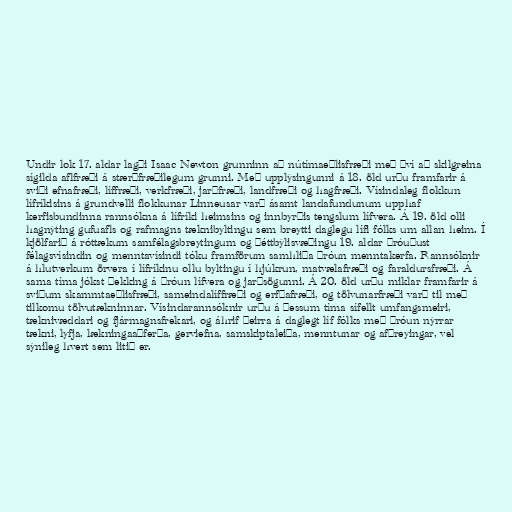
Undir lok 17. aldar lagði Isaac Newton grunninn að nútímaeðlisfræði með því að skilgreina
sígilda aflfræði á stærðfræðilegum grunni. Með upplýsingunni á 18. öld urðu framfarir á
sviði efnafræði, líffræði, verkfræði, jarðfræði, landfræði og hagfræði. Vísindaleg flokkun
lífríkisins á grundvelli flokkunar Linneusar varð ásamt landafundunum upphaf
kerfisbundinna rannsókna á lífríki heimsins og innbyrðis tengslum lífvera. Á 19. öld olli
hagnýting gufuafls og rafmagns tæknibyltingu sem breytti daglegu lífi fólks um allan heim. Í
kjölfarið á róttækum samfélagsbreytingum og þéttbýlisvæðingu 19. aldar þróuðust
félagsvísindin og menntavísindi tóku framförum samhliða þróun menntakerfa. Rannsóknir
á hlutverkum örvera í lífríkinu ollu byltingu í hjúkrun, matvælafræði og faraldursfræði. Á
sama tíma jókst þekking á þróun lífvera og jarðsögunni. Á 20. öld urðu miklar framfarir á
sviðum skammtaeðlisfræði, sameindalíffræði og erfðafræði, og tölvunarfræði varð til með
tilkomu tölvutækninnar. Vísindarannsóknir urðu á þessum tíma sífellt umfangsmeiri,
tæknivæddari og fjármagnsfrekari, og áhrif þeirra á daglegt líf fólks með þróun nýrrar
tækni, lyfja, lækningaaðferða, gerviefna, samskiptaleiða, menntunar og afþreyingar, vel
sýnileg hvert sem litið er.